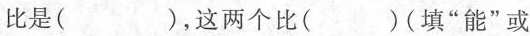
比是( )，这两个比( )(填”能”或